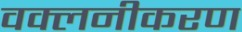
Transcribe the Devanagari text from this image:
वक्लनीकरण